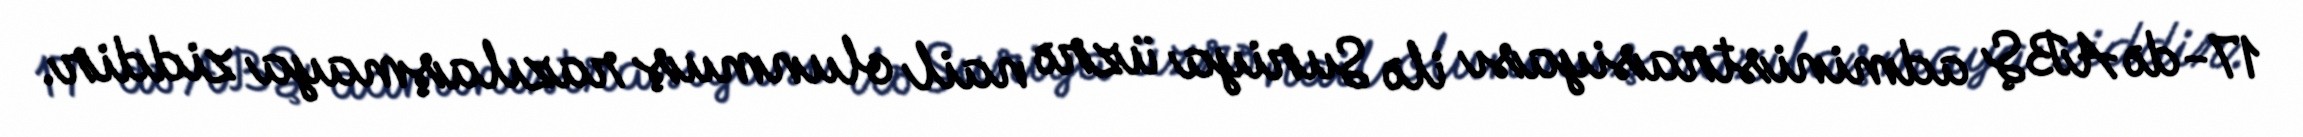
17-də ABŞ administrasiyası ilə Suriya üzrə nail olunmuş razılaşmaya ziddir.